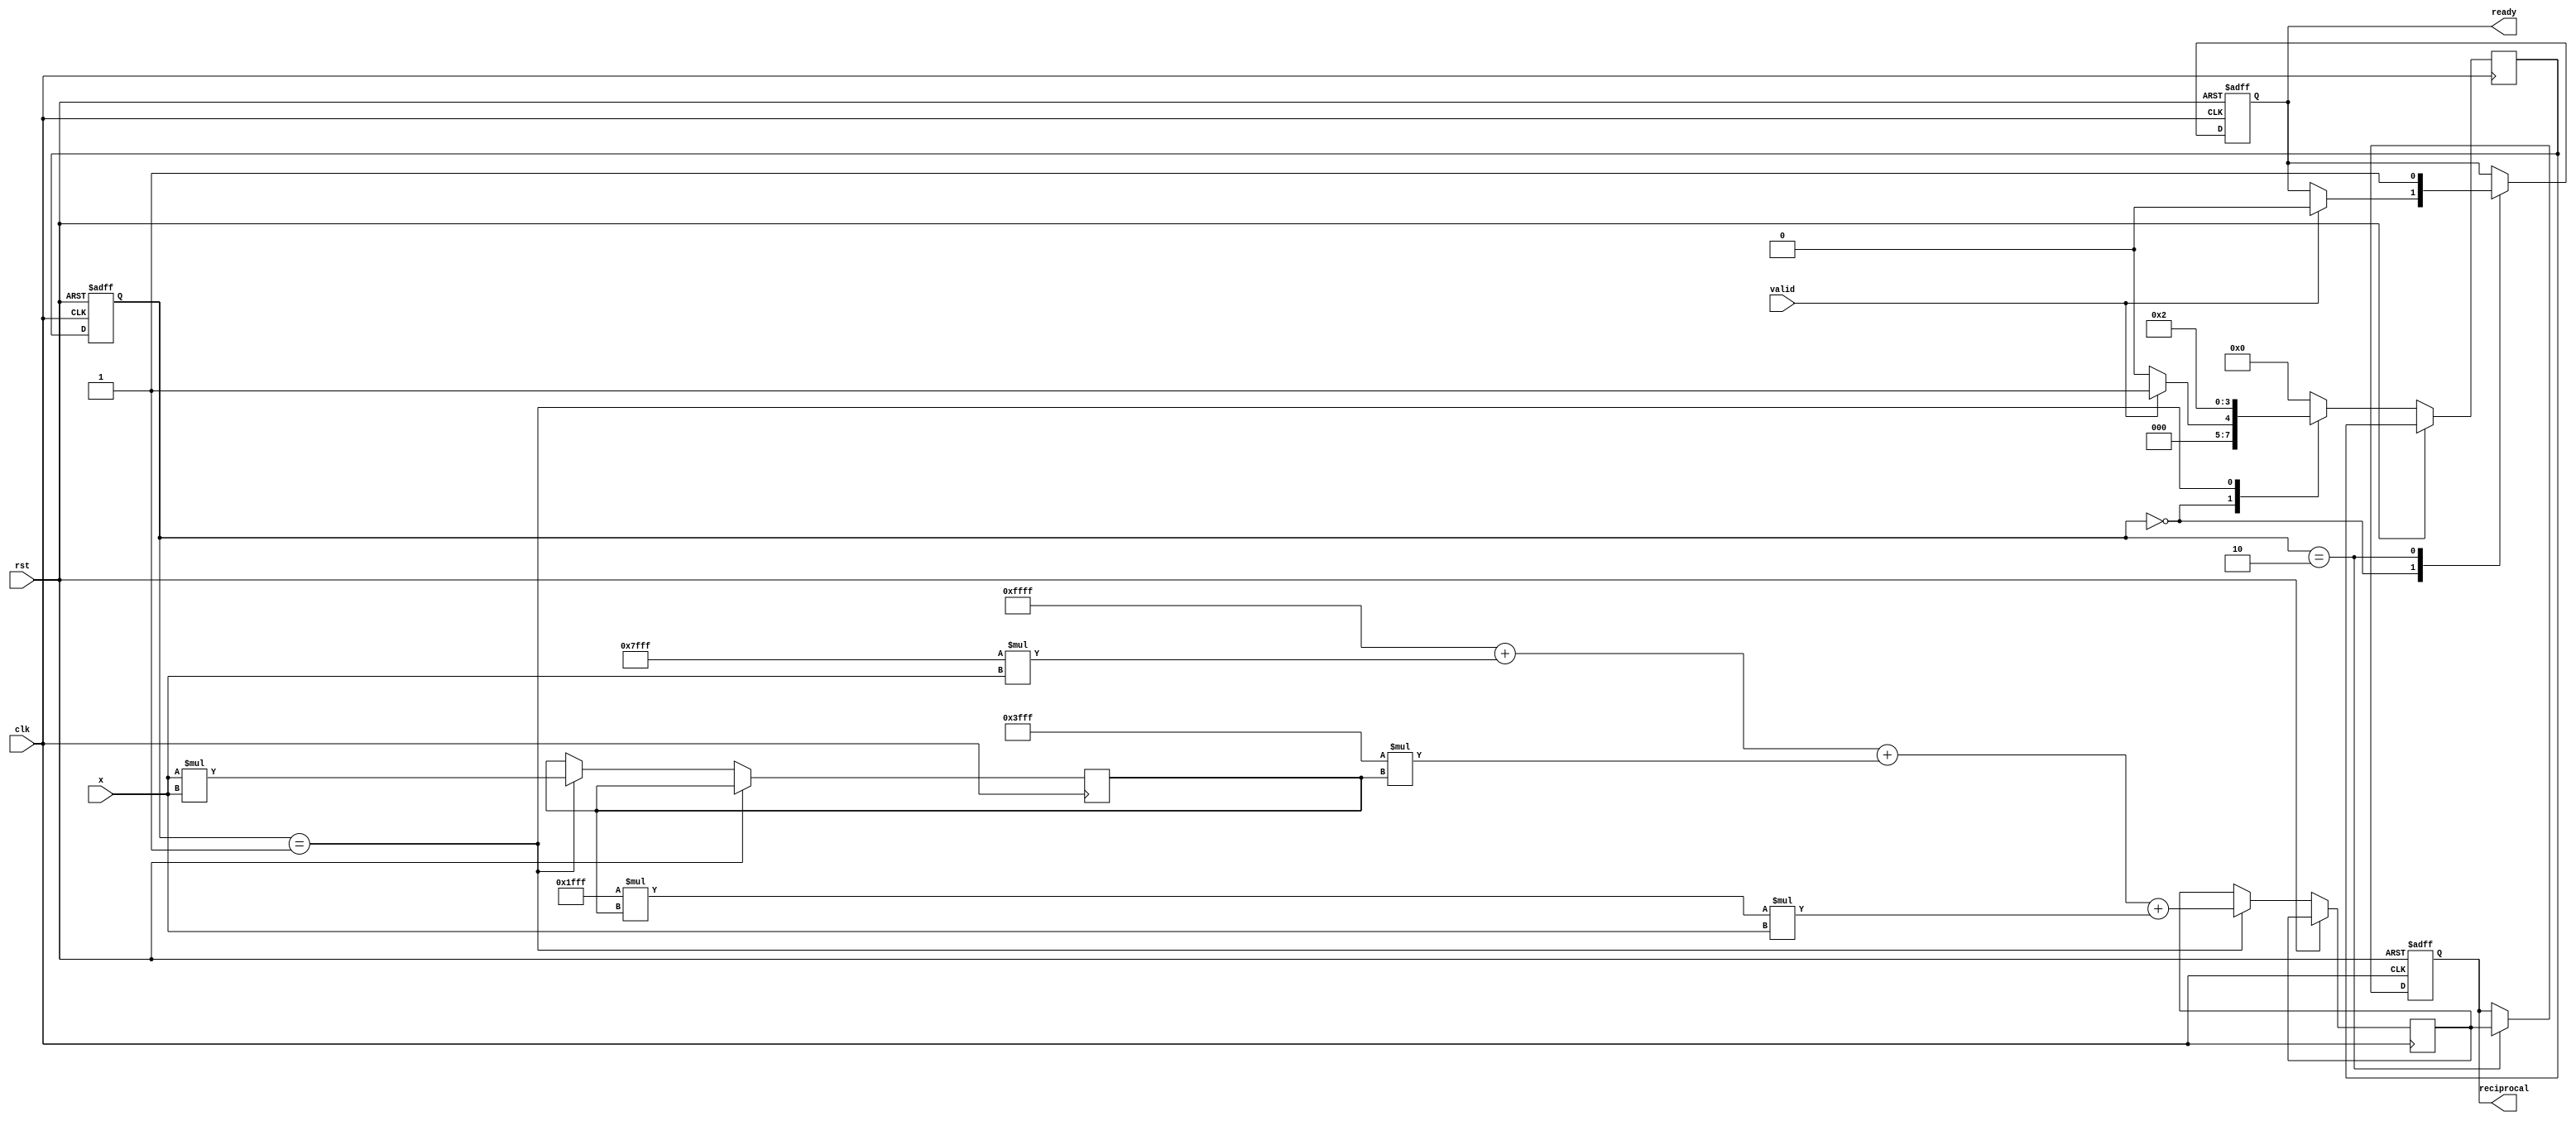
module poly_reciprocal (
    input wire clk,
    input wire rst,
    input wire [15:0] x, // Fixed-point input (0 < x < 1)
    input wire valid,
    output reg [15:0] reciprocal, // Fixed-point output (1/x)
    output reg ready
);

    // Polynomial coefficients (example values)
    parameter C0 = 16'hFFFF; // Coefficient for x^0
    parameter C1 = 16'h7FFF; // Coefficient for x^1
    parameter C2 = 16'h3FFF; // Coefficient for x^2
    parameter C3 = 16'h1FFF; // Coefficient for x^3
    parameter N = 3; // Degree of polynomial

    // Internal signals
    reg [15:0] x_squared;
    reg [15:0] poly_result;
    reg [3:0] state;
    reg [3:0] next_state;

    // State encoding
    localparam IDLE = 4'd0;
    localparam CALC = 4'd1;
    localparam OUTPUT = 4'd2;

    // Polynomial evaluation using Horner's method
    always @(posedge clk or posedge rst) begin
        if (rst) begin
            state <= IDLE;
            reciprocal <= 16'b0;
            ready <= 0;
        end else begin
            state <= next_state;
            case (state)
                IDLE: begin
                    if (valid) begin
                        ready <= 0;
                        // Start calculation
                        next_state <= CALC;
                    end else begin
                        next_state <= IDLE;
                    end
                end
                
                CALC: begin
                    // Calculate x^2
                    x_squared <= x * x;
                    // Evaluate polynomial: R(x) = C0 + C1*x + C2*x^2 + C3*x^3
                    poly_result <= C0 + (C1 * x) + (C2 * x_squared) + (C3 * x_squared * x);
                    next_state <= OUTPUT;
                end
                
                OUTPUT: begin
                    reciprocal <= poly_result; // Output the result
                    ready <= 1; // Indicate output is ready
                    next_state <= IDLE; // Go back to idle
                end
                
                default: next_state <= IDLE;
            endcase
        end
    end

endmodule